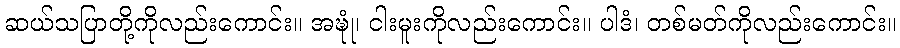
ဆယ်သပြာတို့ကိုလည်းကောင်း။ အဍ္ဎုံ၊ ငါးမူးကိုလည်းကောင်း။ ပါဒံ၊ တစ်မတ်ကိုလည်းကောင်း။